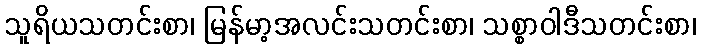
သူရိယသတင်းစာ၊ မြန်မာ့အလင်းသတင်းစာ၊ သစ္စာဝါဒီသတင်းစာ၊